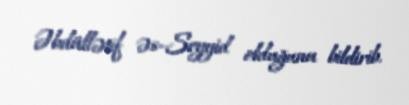
Əbdüllətif əs-Seyyid olduğunu bildirib.